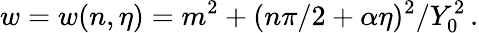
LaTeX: w=w(n,\eta)=m^{2}+(n\pi/2+\alpha\eta)^{2}/Y_{0}^{2}\, .